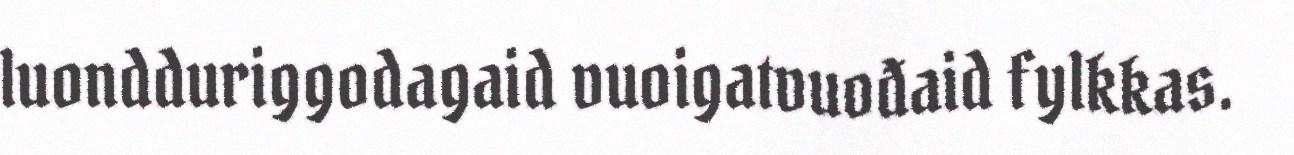
luondduriggodagaid vuoigatvuođaid fylkkas.